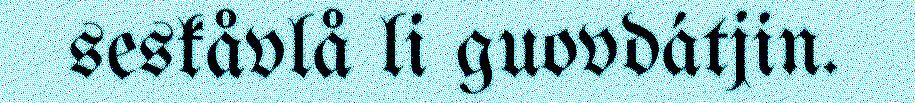
seskåvlå li guovdátjin.